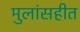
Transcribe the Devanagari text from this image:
मुलांसहीत